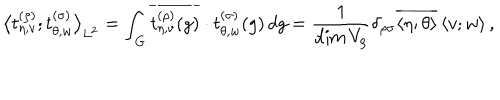
LaTeX: { \bigl < t _ { \eta , v } ^ { ( \rho ) } ; t _ { \theta , w } ^ { ( \sigma ) } \bigr > } _ { L ^ { 2 } } = \int _ { G } \overline { { { t _ { \eta , v } ^ { ( \rho ) } ( g ) } } } \cdot t _ { \theta , w } ^ { ( \sigma ) } ( g ) \, d g = \frac { 1 } { \dim V _ { \rho } } \delta _ { \rho \sigma } \overline { { { \left< \eta ; \theta \right> } } } \left< v ; w \right> ,